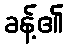
ခန့်၏